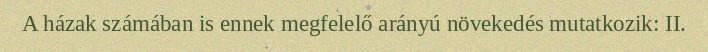
A házak számában is ennek megfelelő arányú növekedés mutatkozik: II.